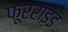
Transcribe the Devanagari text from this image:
फूरराइड